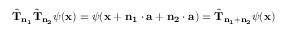
{ \hat { \mathbf { T } } } _ { \mathbf { n _ { 1 } } } { \hat { \mathbf { T } } } _ { \mathbf { n _ { 2 } } } \psi ( \mathbf { x } ) = \psi ( \mathbf { x } + \mathbf { n _ { 1 } } \cdot \mathbf { a } + \mathbf { n _ { 2 } } \cdot \mathbf { a } ) = { \hat { \mathbf { T } } } _ { \mathbf { n _ { 1 } } + \mathbf { n _ { 2 } } } \psi ( \mathbf { x } )